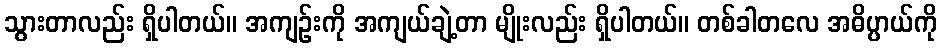
သွားတာလည်း ရှိပါတယ်။ အကျဉ်းကို အကျယ်ချဲ့တာ မျိုးလည်း ရှိပါတယ်။ တစ်ခါတလေ အဓိပ္ပာယ်ကို